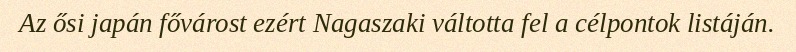
Az ősi japán fővárost ezért Nagaszaki váltotta fel a célpontok listáján.